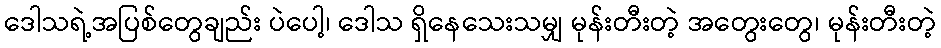
ဒေါသရဲ့အပြစ်တွေချည်း ပဲပေါ့၊ ဒေါသ ရှိနေသေးသမျှ မုန်းတီးတဲ့ အတွေးတွေ၊ မုန်းတီးတဲ့